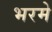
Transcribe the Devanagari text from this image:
भरमे